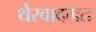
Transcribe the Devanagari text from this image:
थेरवादमत